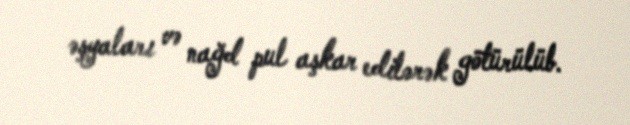
əşyaları və nağd pul aşkar edilərək götürülüb.